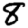
Digit: 8